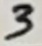
Text: 3